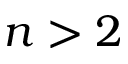
n > 2